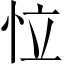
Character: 𢘮